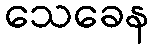
သေခေန